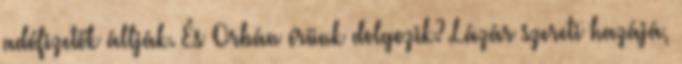
adófizetők állják. És Orbán érünk dolgozik? Lázár szereti hazájá,